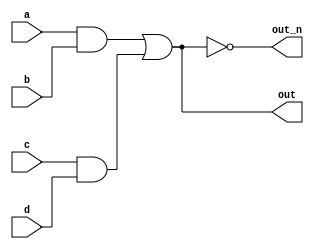
`default_nettype none
module top_module(
    input a,
    input b,
    input c,
    input d,
    output out,
    output out_n   ); 
    
    wire buffer_1, buffer_2, buffer_3;
    
    assign buffer_1 = a&b;
    assign buffer_2 = c&d;
    assign buffer_3 = buffer_1 | buffer_2;
    
    assign out = buffer_3;
    assign out_n = ~buffer_3;

endmodule